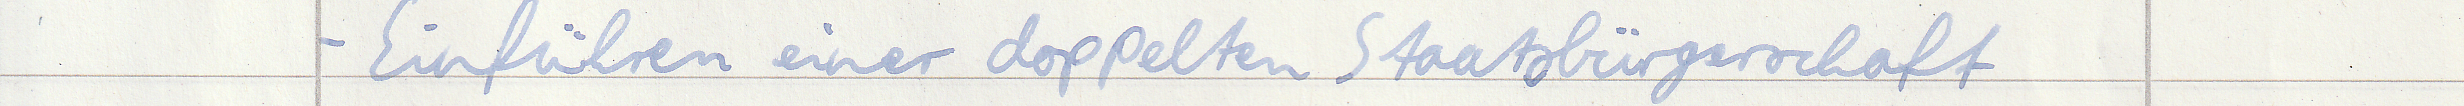
- Einführen einer doppelten Staatsbürgerschaft